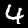
Digit: 4